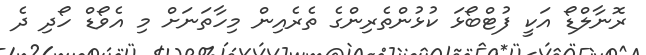
ރޮނާލްޑޯ އަކީ ފުޓްބޯޅަ ކުޅުންތެރިންގެ ތެރެއިން މިހާތަނަށް މި އެވޯޑް ހޯދި ދެ